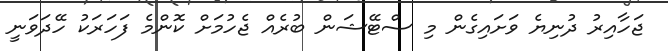
ޖަހާއިރު ދުނިޔެ ވަށައިގެން މި ސްޓޭޝަން ބުރެއް ޖެހުމަށް ކޮންމެ ފަހަރަކު ހޭދަވަނީ